Insane asylums in Bengal annual reports 1867-1875 - 1867-1875
Year: 1867
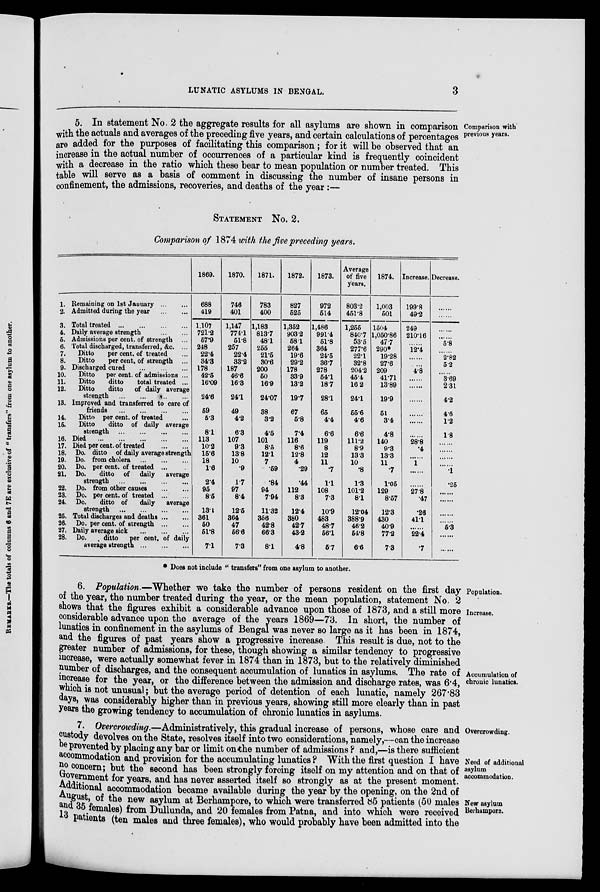
LUNATIC ASYLUMS IN BENGAL.
3
Comparison with
previous years.
5. In statement No. 2 the aggregate results for all asylums are shown in comparison
with the actuals and averages of the preceding five years, and certain calculations of percentages
are added for the purposes of facilitating this comparison; for it will be observed that an
increase in the actual number of occurrences of a particular kind is frequently coincident
with a decrease in the ratio which these bear to mean population or number treated. This
table will serve as a basis of comment in discussing the number of insane persons in
confinement, the admissions, recoveries, and deaths of the year:—
STATEMENT No. 2.
Comparison of 1874 with the five preceding years.
1. Remaining on 1st January
...
...
2. Admitted during the year
...
...
3. Total treated
...
...
...
...
4. Daily average strength
...
...
5. Admissions per cent. of strength ...
6. Total discharged, transferred, &c. ...
7.
Ditto
per cent. of treated ...
8.
Ditto
per cent. of strength ...
9. Discharged cured
...
...
...
10.
Ditto
per cent. of admissions ...
11.
Ditto
ditto
total treated ...
12.
Ditto
ditto
of daily average
strength ... ... ... ...
13. Improved and transferred to care of
friends
...
...
...
...
14.
Ditto per cent. of treated ...
15.
Ditto
ditto of daily average
strength
...
...
...
...
16. Died
...
...
...
...
...
17. Died per cent. of treated
...
...
18. Do. ditto of daily average strength
19. Do. from cholera
...
...
...
20. Do. per cent. of treated ...
21. Do.
ditto of daily
average
strength
...
...
...
...
22. Do. from other causes
...
...
23. Do. per cent. of treated ... ...
24. Do.
ditto of
daily
average
strength
...
...
...
...
25. Total discharges and deaths ... ...
26. Do. per cent. of strength
...
...
27. Daily average sick
...
...
...
28. Do.
ditto
per cent. of daily
average strength
...
...
...
1869.
688
419
1,107
721.2
57.9
248
22.4
34.3
178
42.5
16.09
24.6
59
5.3
8.1
113
10.2
15.6
18
1.6
2.4
95
8.5
13.1
361
50
51.8
7.1
1870.
746
401
1,147
774.1
51.8
257
22.4
33.2
187
46.6
163
24.1
49
4.2
6.3
107
9.3
13.8
10
.9
1.7
97
8.4
12.5
364
47
56.6
7.3
1871.
783
400
1,183
813.7
48.1
255
21.5
30.6
200
50
16.9
24.07
38
3.2
4.5
101
8.5
12.1
7
.59
.84
94
7.94
11.32
356
42.8
66.3
8.1
1872.
827
525
1,352
903.2
58.1
264
19.6
29.2
178
33.9
13.2
19.7
67
5.8
7.4
116
8.6
12.8
4
.29
.44
112
8.3
12.4
380
42.7
43.2
4.8
1873.
972
514
1,486
991.4
51.8
364
24.5
36.7
278
54.1
18.7
28.1
65
4.4
6.6
119
8
12
11
.7
1.1
108
73
10.9
483
48.7
56.1
5.7
Average
of five
years.
803.2
451.8
1,255
840.7
53.5
277.6
22.1
32.8
204.2
45.4
16.2
24.1
55.6
4.6
6.6
111.2
8.9
13.3
10
.8
1.3
101.2
8.1
12.04
388.9
46.2
54.8
6.6
1874.
1,003
501
1504
1,050.86
47.7
290*
19.28
27.6
209
41.71
13.89
19.9
51
3.4
4.8
140
9.3
13.3
11
.7
1.05
129
8.57
12.3
430
40.9
77.2
7.3
Increase.
199.8
49.2
249
210.16
......
12.4
......
......
4.8
......
......
......
......
......
......
28.8
.4
1
......
......
27.8
.47
.26
41.1
......
22.4
.7
Decrease.
......
......
......
......
5.8
......
2.82
5.2
......
3.69
2.31
4.2
4.6
1.2
1.8
......
......
......
......
.1
.25
......
......
......
......
5.3
......
......
* Does not include " transfers" from one asylum to another.
Population.
Increase.
Accumulation of
chronic lunatics.
6. Population.—Whether we take the number of persons resident on the first day
of the year, the number treated during the year, or the mean population, statement No. 2
shows that the figures exhibit a considerable advance upon those of 1873, and a still more
considerable advance upon the average of the years 1869—73. In short, the number of
lunatics in confinement in the asylums of Bengal was never so large as it has been in 1874,
and the figures of past years show a progressive increase This result is due, not to the
greater number of admissions, for these, though showing a similar tendency to progressive
increase, were actually somewhat fever in 1874 than in 1873, but to the relatively diminished
number of discharges, and the consequent accumulation of lunatics in asylums. The rate of
increase for the year, or the difference between the admission and discharge rates, was 6.4,
which is not unusual; but the average period of detention of each lunatic, namely 267.83
days, was considerably higher than in previous years, showing still more clearly than in past
years the growing tendency to accumulation of chronic lunatics in asylums.
Overcrowding.
Need of additional
asylum
accommodation.
New asylum
Berhampors.
7. Overcrowding.—Administratively, this gradual increase of persons, whose care and
custody devolves on the State, resolves itself into two considerations, namely,—can the increase
be prevented by placing any bar or limit on the number of admissions ? and,—is there sufficient
accommodation and provision for the accumulating lunatics ? With the first question I have
no concern; but the second has been strongly forcing itself on my attention and on that of
Government for years, and has never asserted itself so strongly as at the present moment.
Additional accommodation became available during the year by the opening, on the 2nd of
August, of the new asylum at Berhampore, to which were transferred 85 patients (50 males
and 35 females) from Dullunda, and 20 females from Patna, and into which were received
13 patients (ten males and three females), who would probably have been admitted into the